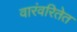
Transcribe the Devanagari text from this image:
वारंवरितेत